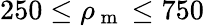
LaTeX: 250\leq\rho_{\mathrm{~m~}}\leq 750